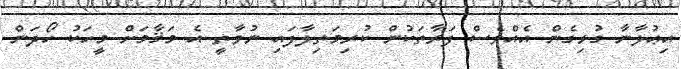
އިޢުލާނާ ގުޅިގެން އެއްވެސް ފަރާތަކުން ކުރިމަތިލާފައި ނުވާތީ އެ މަޤާމަށް މީހަކު ހޯދަން